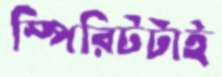
স্পিরিটটাই